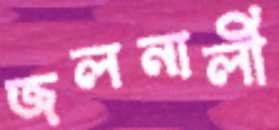
জলনালী